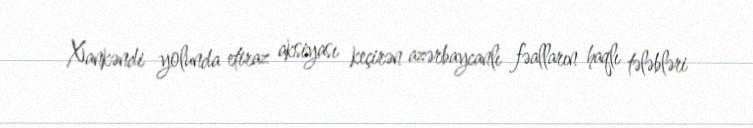
Xankəndi yolunda etiraz aksiyası keçirən azərbaycanlı fəalların haqlı tələbləri